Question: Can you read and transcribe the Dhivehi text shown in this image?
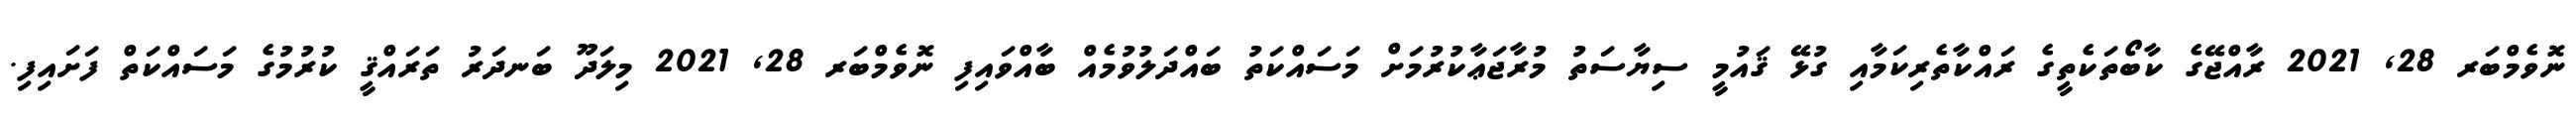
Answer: ނޮވެމްބަރ 28, 2021 ރާއްޖޭގެ ކާބޯތަކެތީގެ ރައްކާތެރިކަމާއި ގުޅޭ ޤައުމީ ސިޔާސަތު މުރާޖަޢާކުރުމަށް މަސައްކަތު ބައްދަލުވުމެއް ބާއްވައިފި ނޮވެމްބަރ 28, 2021 މިލަދޫ ބަނދަރު ތަރައްޤީ ކުރުމުގެ މަސައްކަތް ފަށައިފި.